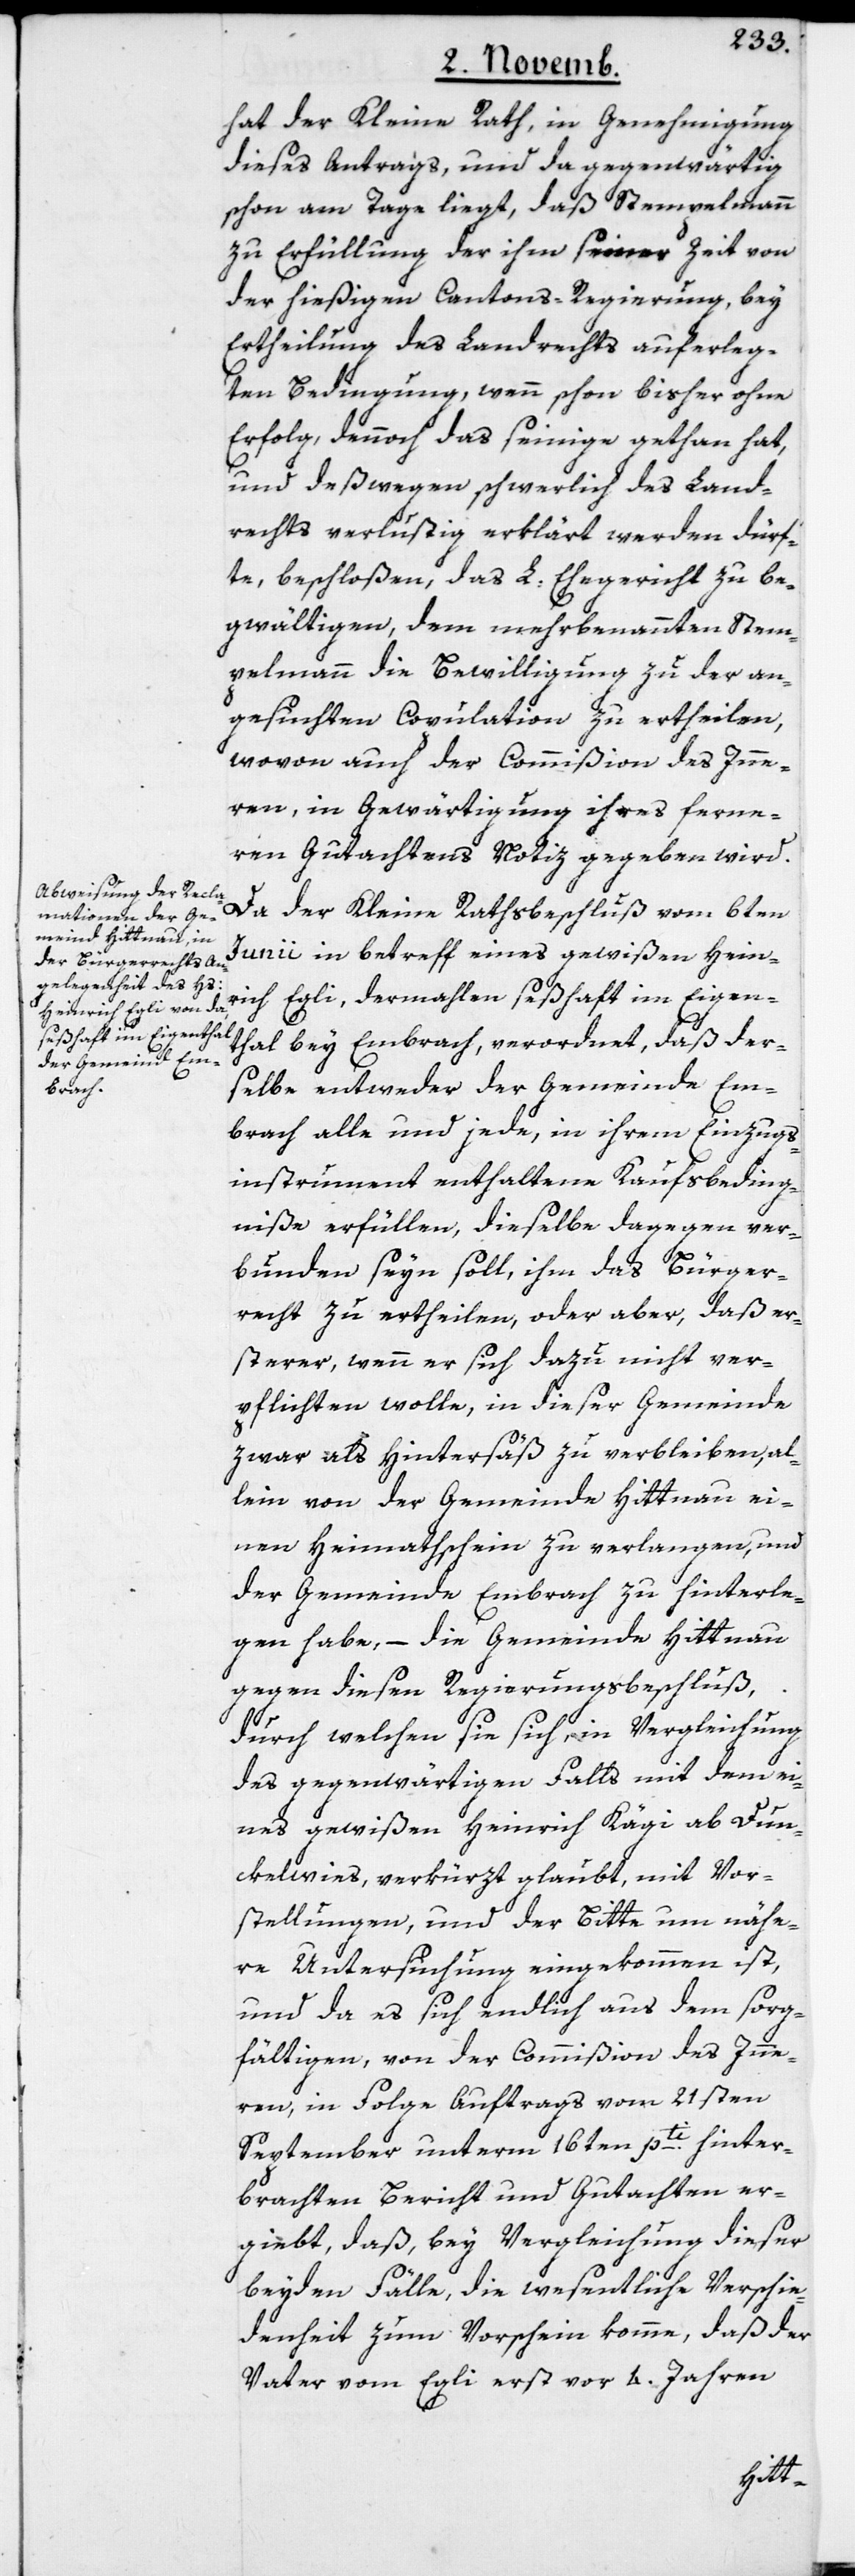
hat der Kleine Rath, in Genehmigung
dieses Antrags, und da gegenwärtig
schon am Tage liegt, daß Stempelmann
zu Erfüllung der ihm seiner Zeit von
der hießigen Cantons-Regierung, bey
Ertheilung des Landrechts auferleg¬
ten Bedingungen, wenn schon bisher ohne
Erfolg, dennoch das seinige gethan hat,
und deßwegen schwerlich des Land¬
rechts verlustig erklärt werden dürf¬
te, beschloßen, das L. Ehegericht zu be¬
gwältigen, dem mehrbenannten Stem¬
pelmann die Bewilligung zu der an¬
gesuchten Copulation zu ertheilen,
wovon auch der Commißion des Inne¬
rn, in Gewärtigung ihres ferne¬
ren Gutachtens Notiz gegeben wird.
Da der Kleine-Rathsbeschluß vom 6ten
Junii in betreff eines gewißen Hein¬
rich Egli, dermahlen seßhaft im Eigen¬
thal bey Embrach, verordnet, daß der¬
selbe entweder der Gemeinde Em¬
brach alle und jede, in ihrem Einzugs¬
instrument enthaltene Kaufsbeding¬
niße erfüllen, dieselbe dagegen ver¬
bunden seyn soll, ihm das Bürger¬
recht zu ertheilen, oder aber, daß er¬
sterer, wenn er sich dazu nicht ver¬
pflichten wolle, in dieser Gemeinde
zwar als Hintersäß zu verbleiben, al¬
lein von der Gemeinde Hittnau ei¬
nen Heimathschein zu verlangen, und
der Gemeinde Embrach zu hinterle¬
gen habe, – die Gemeinde Hittnau
gegen diesen Regierungsbeschluß,
durch welchen sie sich in Vergleichung
des gegenwärtigen Falls mit dem ei¬
nes gewißen Heinrich Kägi ab Dun¬
ckelwies, verkürzt glaubt, mit Vor¬
stellungen und der Bitte um nähe¬
re Untersuchung eingekommen ist,
und da es sich endlich aus dem sorg¬
fältigen, von der Commißion des Inne¬
rn, in Folge Auftrags vom 21sten
September unterm 16ten pti. hinter¬
brachten Bericht und Gutachten er¬
giebt, daß bey Vergleichung dieser
beyden Fälle, die wesentliche Verschie¬
denheit zum Vorschein komme, daß der
Vater vom Egli erst vor 4. Jahren